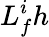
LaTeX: L_{f}^{i}h